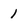
Character: 1